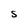
Character: S